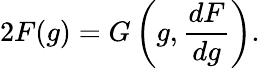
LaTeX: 2F(g)=G\left(g,\frac{dF}{dg}\right).